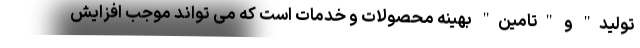
تولید" و "تامین" بهینه محصولات و خدمات است که می تواند موجب افزایش